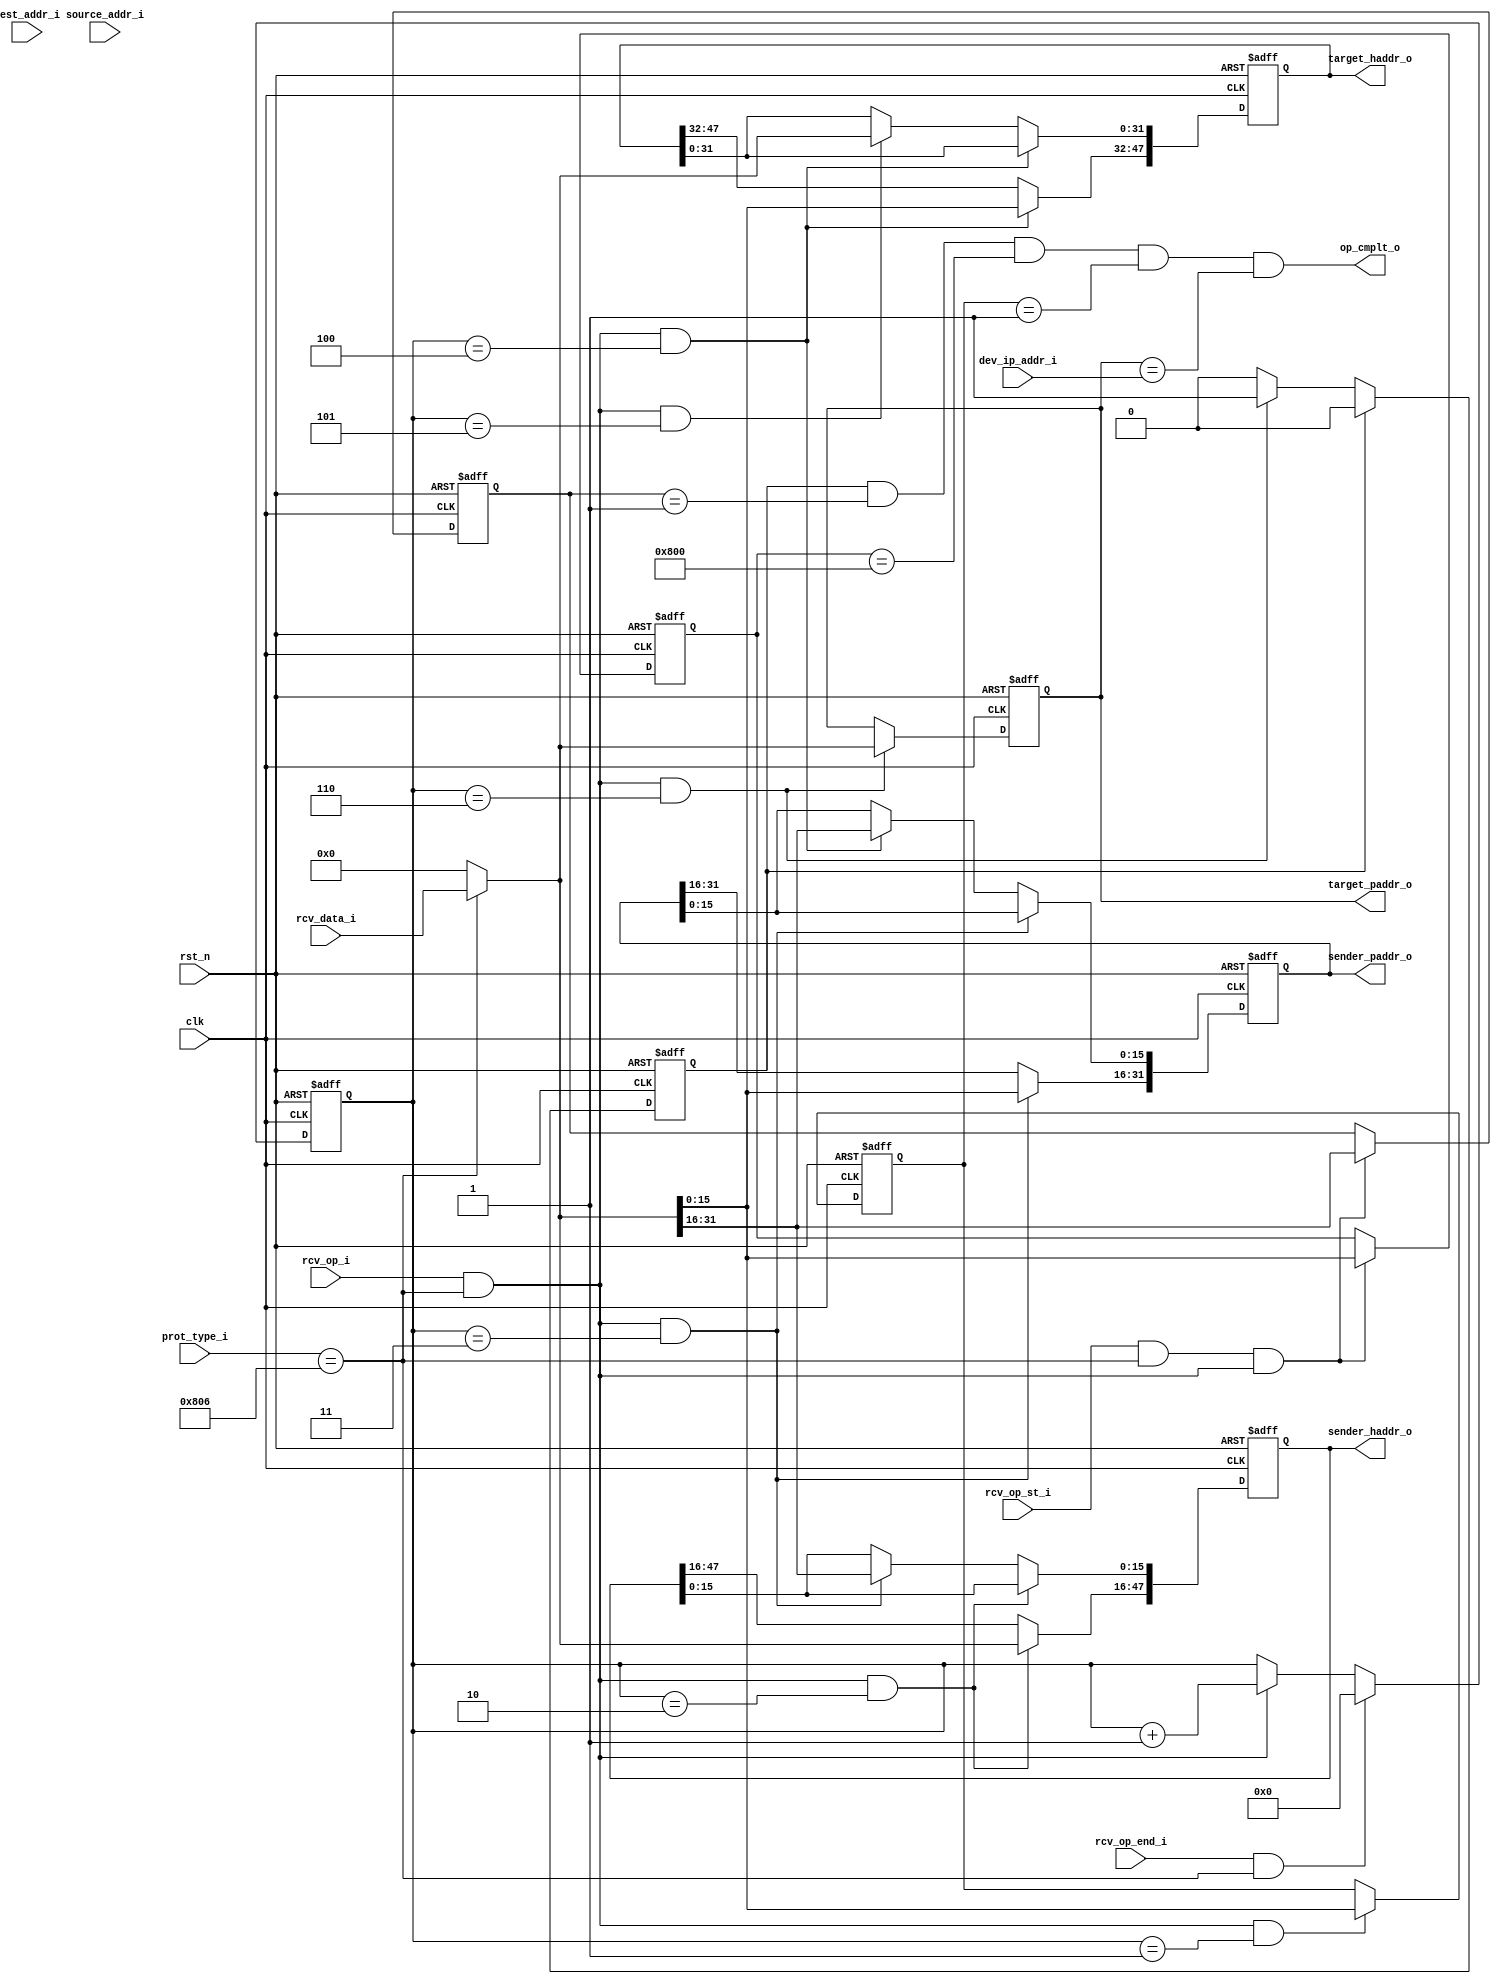
module arp_receiver
(
	input					clk
	,input				rst_n
	,input	[31:0]	dev_ip_addr_i

	,input				rcv_op_i
	,input				rcv_op_st_i
	,input				rcv_op_end_i
	,input	[31:0]	rcv_data_i
	,input	[47:0]	source_addr_i
	,input	[47:0]	dest_addr_i
	,input	[15:0]	prot_type_i
	
	,output	[47: 0]	sender_haddr_o
	,output	[31: 0]	sender_paddr_o
	,output	[47: 0]	target_haddr_o
	,output	[31: 0]	target_paddr_o
	
	,output				op_cmplt_o
);

//ARP fields
reg	[15:0]	hardw_type;
reg	[15:0]	prot_type;
reg	[ 7:0]	hardw_length;
reg	[ 7:0]	prot_length;
reg	[15:0]	operation_code;
reg	[47:0]	sender_hardw_addr;
reg	[31:0]	sender_prot_addr;
reg	[47:0]	target_hardw_addr;
reg	[31:0]	target_prot_addr;

reg	[15:0]	word_cnt;
reg				op_cmplt;

wire				rcv_op;
wire				rcv_op_st;
wire				rcv_op_end;
wire	[31:0]	rcv_data;
wire				mac_check;
wire				prot_check;

//DESTINATION MAC ADDRESS CHECK
assign mac_check	= 1'b1;//dest_addr_i == 48'hFFFF_FFFF_FFFF;

//ETHERNET PROTOCOL CHECK
assign prot_check	= prot_type_i == 16'h0806;	//ARP

//INPUT CONTROL SIGNALS AFTER MAC ADDRESS FILTER
assign rcv_op		= rcv_op_i 		& mac_check & prot_check;
assign rcv_op_st	= rcv_op_st_i	& mac_check & prot_check;
assign rcv_op_end	= rcv_op_end_i	& mac_check & prot_check;
assign rcv_data	= (mac_check & prot_check)	? rcv_data_i : {32{1'b0}};

//WORD COUNTER
always @(posedge clk or negedge rst_n)
	if (!rst_n) 				word_cnt <= 16'b0;
	else if (rcv_op_end)		word_cnt <= 16'b0;
	else if (rcv_op)			word_cnt <= word_cnt + 1'b1;
	
//ARP FIELDS
//-------------------------------------------------------------------------------
//HARDWARE TYPE
always @(posedge clk or negedge rst_n)
	if (!rst_n) 									hardw_type <= 16'b0;
	else if (rcv_op_st & rcv_op)				hardw_type <= rcv_data[31:16];

//PROTOCOL TYPE
always @(posedge clk or negedge rst_n)
	if (!rst_n) 									prot_type <= 16'b0;
	else if (rcv_op_st & rcv_op)				prot_type <= rcv_data[15:0];
		
//HARDWARE LENGTH
always @(posedge clk or negedge rst_n)
	if (!rst_n) 									hardw_length <= 8'b0;
	else if (rcv_op & (word_cnt == 1))		hardw_length <= rcv_data[31:24];
	
//PROTOCOL LENGTH
always @(posedge clk or negedge rst_n)
	if (!rst_n) 									prot_length <= 8'b0;
	else if (rcv_op & (word_cnt == 1))		prot_length <= rcv_data[23:16];
	
//OPERATION CODE
always @(posedge clk or negedge rst_n)
	if (!rst_n) 									operation_code <= 16'b0;
	else if (rcv_op & (word_cnt == 1))		operation_code <= rcv_data[15:0];
	
//SENDER HARDWARE(MAC) ADDRESS
always @(posedge clk or negedge rst_n)
	if (!rst_n) 									sender_hardw_addr <= 48'b0;
	else if (rcv_op & (word_cnt == 2))		sender_hardw_addr[47:16] <= rcv_data[31 :0];
	else if (rcv_op & (word_cnt == 3))		sender_hardw_addr[15: 0] <= rcv_data[31:16];
	
//SENDER PROTOCOL(IP) ADDRESS
always @(posedge clk or negedge rst_n)
	if (!rst_n) 									sender_prot_addr <= 32'b0;
	else if (rcv_op & (word_cnt == 3))		sender_prot_addr[31:16] <= rcv_data[15: 0];
	else if (rcv_op & (word_cnt == 4))		sender_prot_addr[15: 0] <= rcv_data[31:16];
	
//TARGET HARDWARE(MAC) ADDRESS
always @(posedge clk or negedge rst_n)
	if (!rst_n) 									target_hardw_addr <= 48'b0;
	else if (rcv_op & (word_cnt == 4))		target_hardw_addr[47:32] <= rcv_data[15: 0];
	else if (rcv_op & (word_cnt == 5))		target_hardw_addr[31: 0] <= rcv_data[31: 0];
	
//SENDER PROTOCOL(IP) ADDRESS
always @(posedge clk or negedge rst_n)
	if (!rst_n) 									target_prot_addr <= 32'b0;
	else if (rcv_op & (word_cnt == 6))		target_prot_addr <= rcv_data[31:0];
	

//OPERATION COMPLETE
always @(posedge clk or negedge rst_n)
	if (!rst_n) 									op_cmplt <= 1'b0;
	else if (op_cmplt)							op_cmplt <= 1'b0;	
	else if (rcv_op & (word_cnt == 6))		op_cmplt <= 1'b1;

//INOUTS
assign sender_haddr_o	= sender_hardw_addr;
assign sender_paddr_o	= sender_prot_addr;
assign target_haddr_o	= target_hardw_addr;
assign target_paddr_o	= target_prot_addr;
assign op_cmplt_o			= op_cmplt	& (hardw_type == 1)/*ETHERNET*/ 
												& (prot_type == 16'h0800)/*IPv4*/
												& (operation_code == 1)/*REQUEST*/
												& (target_prot_addr == dev_ip_addr_i)/*IP ADDRESS CHECK*/;


endmodule